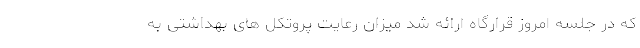
که در جلسه امروز قرارگاه ارائه شد میزان رعایت پروتکل های بهداشتی به